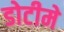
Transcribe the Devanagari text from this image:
डोटीमे